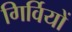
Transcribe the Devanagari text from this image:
गिर्वियों